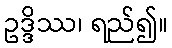
ဥဒ္ဒိဿ၊ ရည်၍။